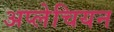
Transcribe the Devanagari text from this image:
अप्लेचियन